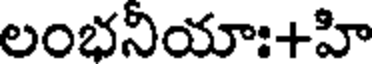
లంభనియాః+హి